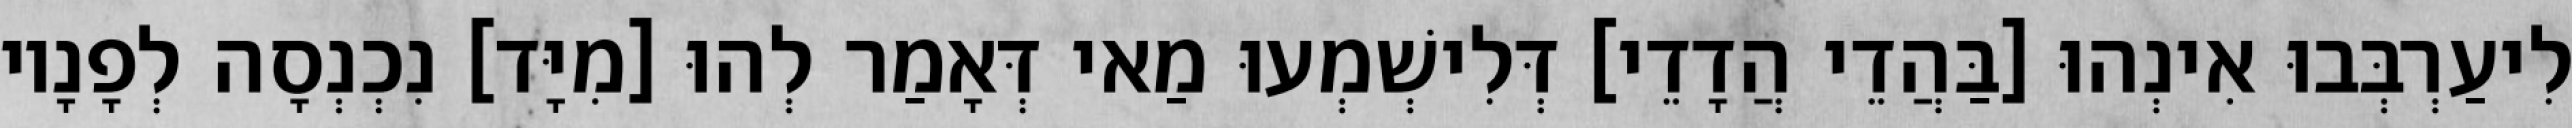
לִיעַרְבְּבוּ אִינְהוּ [בַּהֲדֵי הֲדָדֵי] דְּלִישְׁמְעוּ מַאי דְּאָמַר לְהוּ [מִיָּד] נִכְנְסָה לְפָנָיו